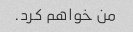
من خواهم کرد.